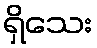
ရှိသေး